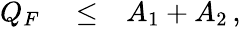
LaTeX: \begin{array}{rlr}{Q_{F}}&{{}\le}&{A_{1}+A_{2}\, ,}\end{array}